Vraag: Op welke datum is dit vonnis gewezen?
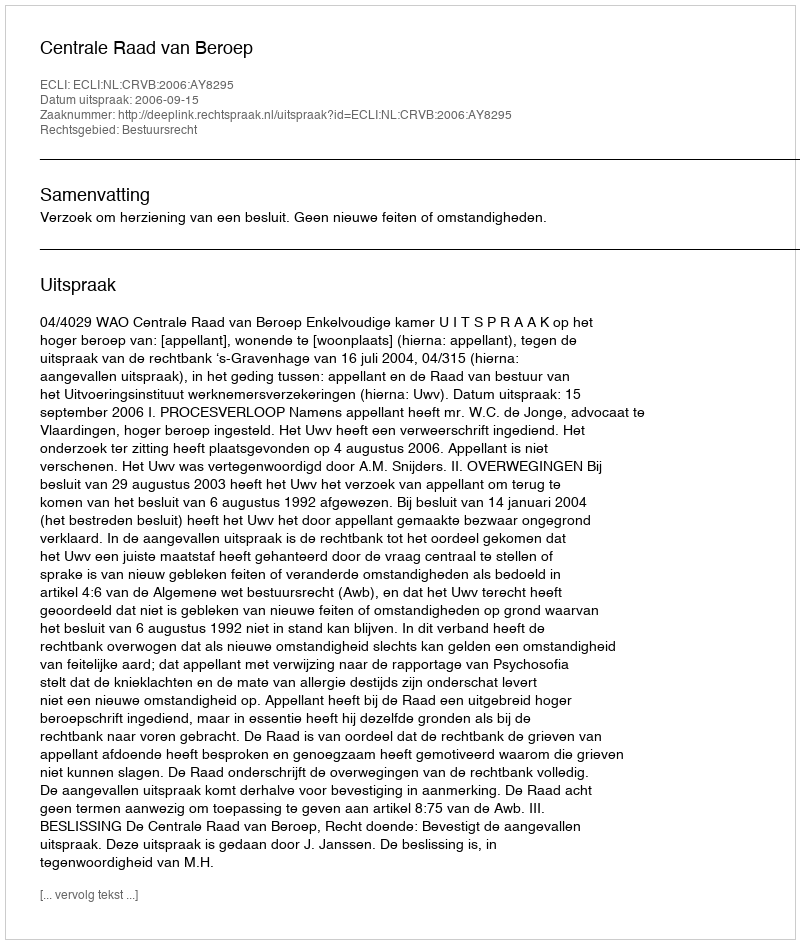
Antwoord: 2006-09-15